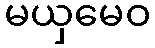
မယှမေဝ